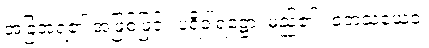
အခြံအရံ၏ အဖြစ်ဖြင့်။ ပရိဝါရဋ္ဌော၊ မည်၏။ တေသံယေဝ၊